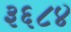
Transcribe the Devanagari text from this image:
३६८४